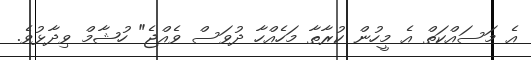
އެ މަސައްކަތް އެ މީހުން ކުރާތާ މަހެއްހާ ދުވަސް ވެއްޖެ" ހުޝާމް ވިދާޅުވެ.